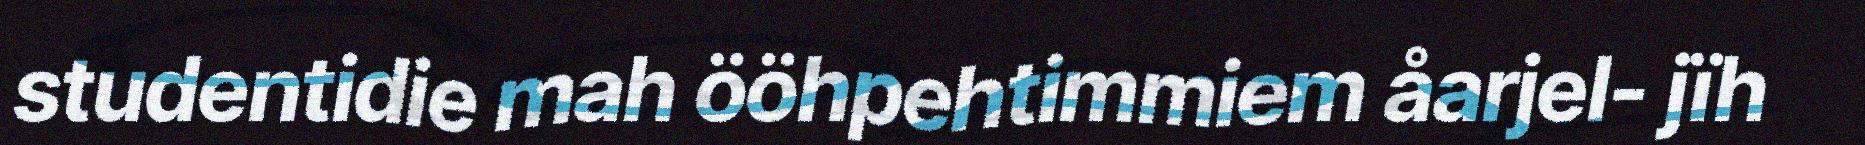
studentidie mah ööhpehtimmiem åarjel- jïh